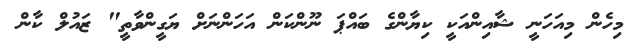
މިހެން މިއަހަނީ ޝާއިންއަކީ ކިޔާންގެ ބައްޕަ ނޫންކަން އަހަންނަށް ޔަގީންވާތީ" ޒައުލް ކާން